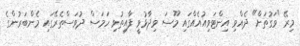
މިރޭ "ވަގުތަށް" ދެއްވި އިންޓަވިއުއެއްގައި މޫސަ ވިދާޅުވީ ފާއިތުވި ހަމަސް ދުވަސްތެރޭގައި މެންބަރުންގެ